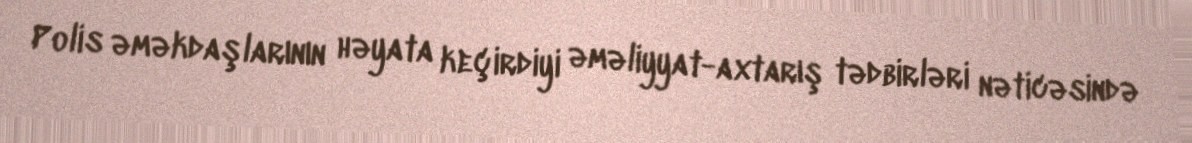
Polis əməkdaşlarının həyata keçirdiyi əməliyyat-axtarış tədbirləri nəticəsində